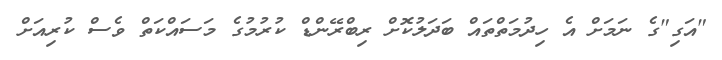
"އަގި"ގެ ނަމަށް އެ ހިދުމަތްތައް ބަދަލުކޮށް ރިބްރޭންޑް ކުރުމުގެ މަސައްކަތް ވެސް ކުރިއަށް